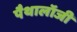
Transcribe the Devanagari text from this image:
पैथालॉजी